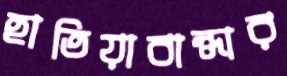
হাতিয়াবান্ধার